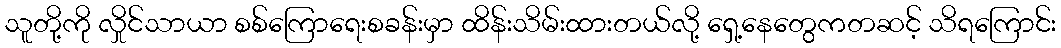
သူတို့ကို လှိုင်သာယာ စစ်ကြောရေးစခန်းမှာ ထိန်းသိမ်းထားတယ်လို့ ရှေ့နေတွေကတဆင့် သိရကြောင်း